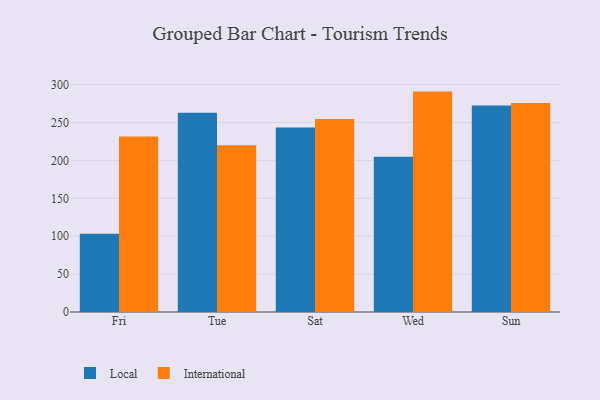
{"axis": {"x": "Day", "y": "Bounce Rate (%)"}, "legend": ["International", "Local"], "data": [{"x": "Fri", "y": 103.3, "type": "Local"}, {"x": "Fri", "y": 231.5, "type": "International"}, {"x": "Tue", "y": 262.8, "type": "Local"}, {"x": "Tue", "y": 220.0, "type": "International"}, {"x": "Sat", "y": 243.4, "type": "Local"}, {"x": "Sat", "y": 254.6, "type": "International"}, {"x": "Wed", "y": 205.0, "type": "Local"}, {"x": "Wed", "y": 290.8, "type": "International"}, {"x": "Sun", "y": 272.6, "type": "Local"}, {"x": "Sun", "y": 275.6, "type": "International"}]}